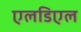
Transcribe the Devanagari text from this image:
एलडिएल